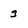
Character: 3